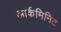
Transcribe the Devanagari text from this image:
आर्कमिनिट